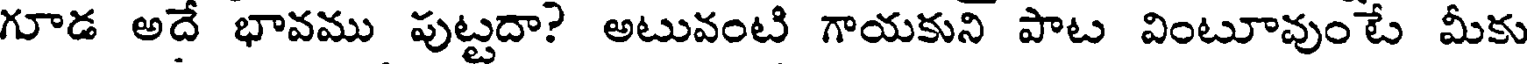
గూడ అదే భావము పుట్టదా? అటువంటి గాయకుని పాట వింటూవుంటే మీకు